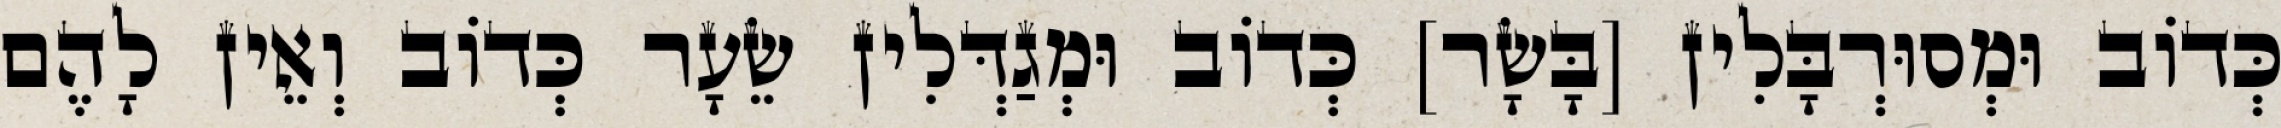
כְּדוֹב וּמְסוּרְבָּלִין [בָּשָׂר] כְּדוֹב וּמְגַדְּלִין שֵׂעָר כְּדוֹב וְאֵין לָהֶם